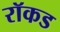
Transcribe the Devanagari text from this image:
रॉकड